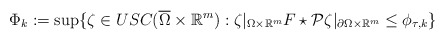
\begin{align*}\Phi_k:= \sup \{ \zeta \in USC(\overline{\Omega} \times \mathbb R^m): \zeta|_{\Omega\times \mathbb R^m} F\star\mathcal P\zeta|_{\partial \Omega\times \mathbb R^m} \le \phi_{\tau,k} \}\end{align*}